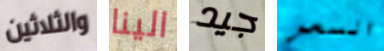
والثلاثين الينا جيد السعر